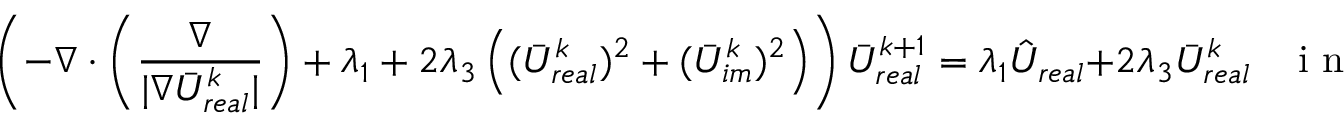
\left( - \nabla \cdot \left( \frac { \nabla } { | \nabla \bar { U } _ { r e a l } ^ { k } | } \right) + \lambda _ { 1 } + 2 \lambda _ { 3 } \left( ( \bar { U } _ { r e a l } ^ { k } ) ^ { 2 } + ( \bar { U } _ { i m } ^ { k } ) ^ { 2 } \right) \right) \bar { U } _ { r e a l } ^ { k + 1 } = \lambda _ { 1 } \hat { U } _ { r e a l } + 2 \lambda _ { 3 } \bar { U } _ { r e a l } ^ { k } \; \; \; \mathrm { ~ i ~ n ~ } \; \Omega .